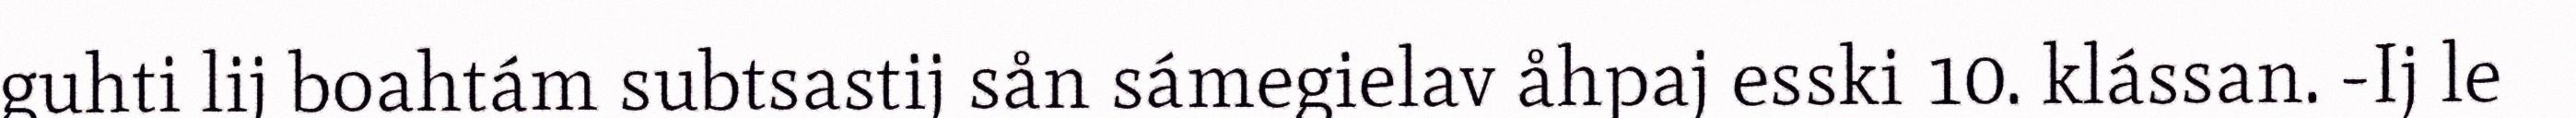
guhti lij boahtám subtsastij sån sámegielav åhpaj esski 10. klássan. -Ij le